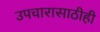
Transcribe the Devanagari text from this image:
उपचारासाठीही